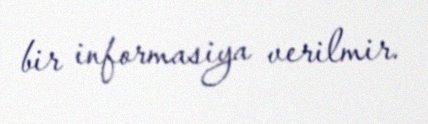
bir informasiya verilmir.